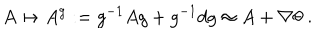
A \mapsto A ^ { g } : = g ^ { - 1 } A g + g ^ { - 1 } d g \approx A + \nabla \theta \; .